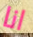
انا